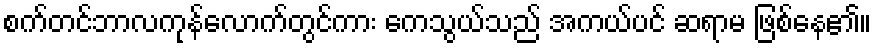
စက်တင်ဘာလကုန်လောက်တွင်ကား ကေသွယ်သည် အကယ်ပင် ဆရာမ ဖြစ်နေ၏။